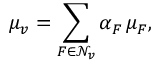
\mu _ { v } = \displaystyle \sum _ { F \in \mathcal { N } _ { v } } \alpha _ { F } \, \mu _ { F } ,